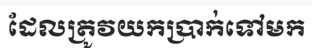
ដែលត្រូវយកប្រាក់ទៅមក